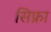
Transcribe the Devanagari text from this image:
सिफ्रा